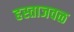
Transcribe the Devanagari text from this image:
हस्ताजवळ